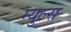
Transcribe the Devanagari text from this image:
म्युल्स